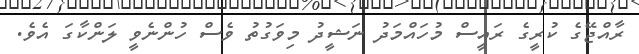
ރާއްޖޭގެ ކުރީގެ ރައީސް މުހައްމަދު ނަޝީދު މިވަގުތު ވެސް ހުންނެވީ ލަންކާގަ އެވެ.